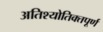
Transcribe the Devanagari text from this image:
अतिश्योतिक्तपूर्ण